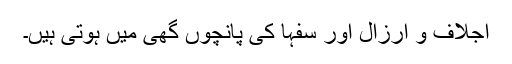
اجلاف و ارزال اور سفہا کی پانچوں گھی میں ہوتی ہیں۔